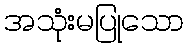
အသုံးမပြုသော